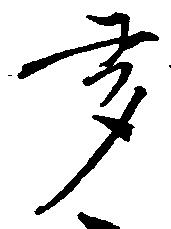
多